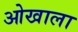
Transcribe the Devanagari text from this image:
ओखाला